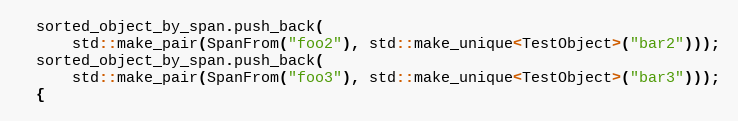
Language: C++
  sorted_object_by_span.push_back(
      std::make_pair(SpanFrom("foo2"), std::make_unique<TestObject>("bar2")));
  sorted_object_by_span.push_back(
      std::make_pair(SpanFrom("foo3"), std::make_unique<TestObject>("bar3")));
  {